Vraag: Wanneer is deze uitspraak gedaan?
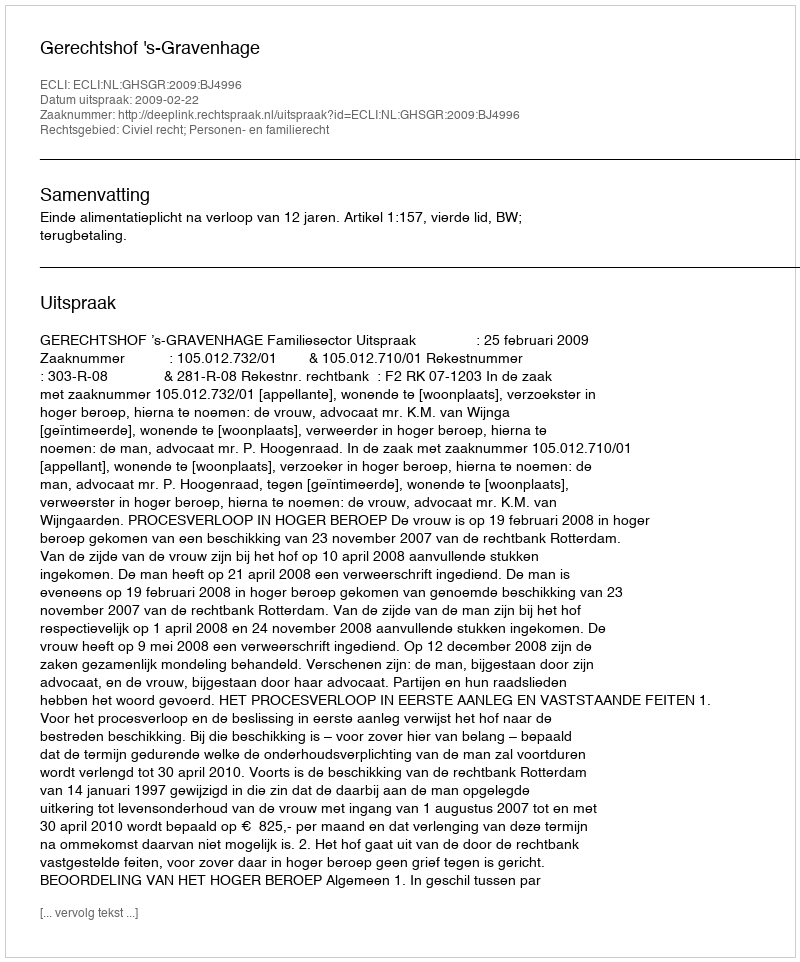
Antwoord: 2009-02-22